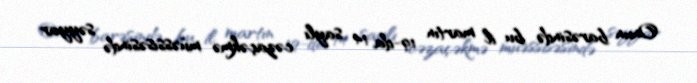
Onun barəsində bu il martın 19-da 14 saylı cəzaçəkmə müəssisəsində səyyar